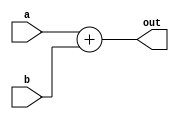
module simpleadder(
 input [31:0] a,
    input [31:0] b,
    output reg [31:0] out
    );

always @(*)begin
out<=a+b;
end
endmodule